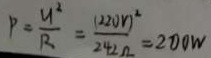
P = \frac { u ^ { 2 } } { R } = \frac { ( 2 0 0 W ) ^ { 2 } } { 2 4 2 \Omega } = 2 0 0 w